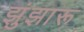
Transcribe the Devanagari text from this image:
झुंझारू